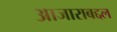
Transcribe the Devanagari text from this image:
आजाराबद्दल